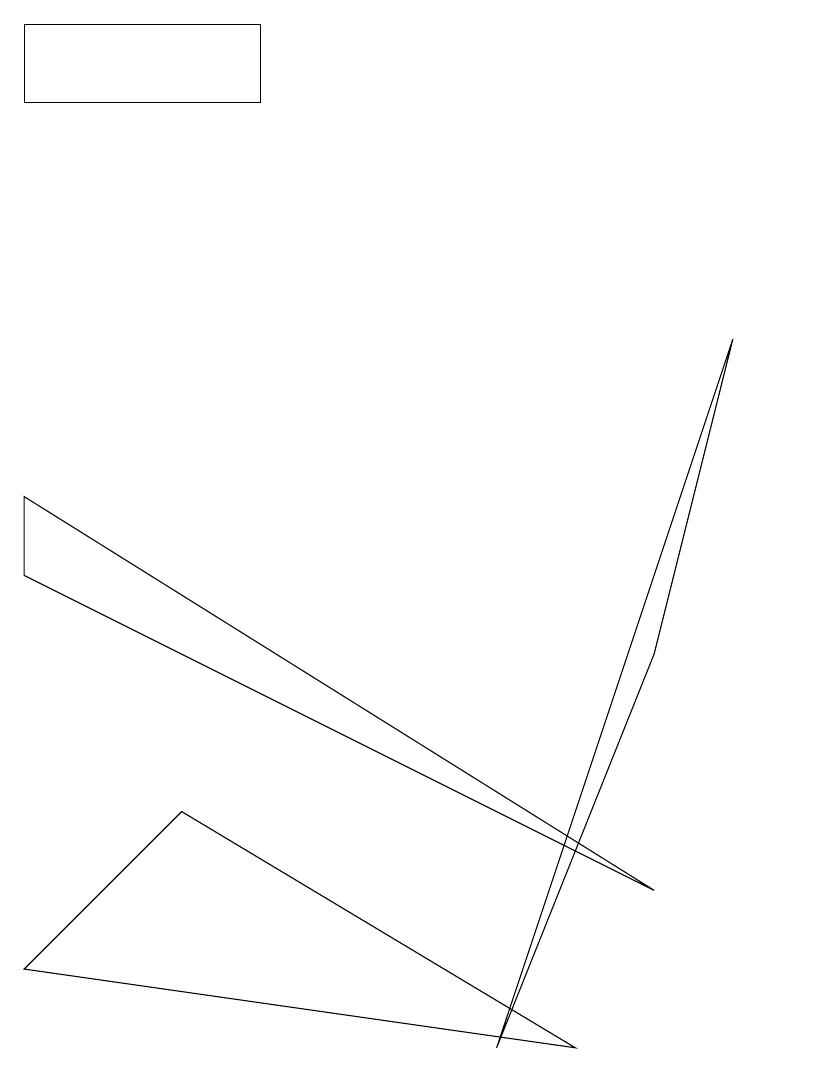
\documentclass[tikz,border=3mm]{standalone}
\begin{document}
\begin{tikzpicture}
\draw (10,10) circle (0);
\draw (3,12) rectangle (0,13);
\draw (0,6) -- (8,2) -- (0,7) -- cycle;
\draw (8,5) -- (9,9) -- (6,0) -- cycle;
\draw (0,1) -- (7,0) -- (2,3) -- cycle;
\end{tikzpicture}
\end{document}